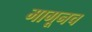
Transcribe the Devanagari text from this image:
मागूनच